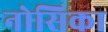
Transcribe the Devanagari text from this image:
नोसिका